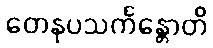
တေနုပသင်္ကန္တောတိ